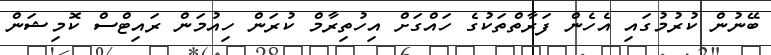
ބޭނުން ކުރުމުގައި އެހެން ފަރާތްތަކުގެ ހައްގަށް އިހުތިރާމް ކުރަން ހިއުމަން ރައިޓްސް ކޮމިޝަން